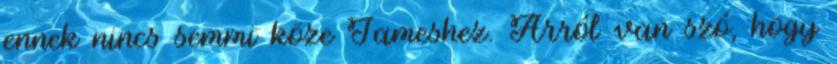
ennek nincs semmi köze Jameshez. Arról van szó, hogy